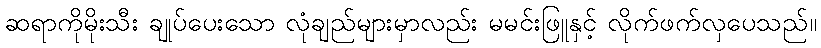
ဆရာကိုမိုးသီး ချုပ်ပေးသော လုံချည်များမှာလည်း မမင်းဖြူနှင့် လိုက်ဖက်လှပေသည်။